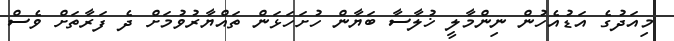
މިއަދުގެ އަޑުއެހުން ނިންމާލީ ޚުލާސާ ބަޔާން ހުށަހަޅަން ތައްޔާރުވުމަށް ދެ ފަރާތަށް ވެސް